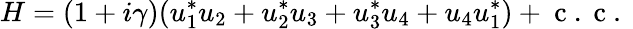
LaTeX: H=(1+i\gamma)({u_{1}^{*}}u_{2}+{u_{2}^{*}}u_{3}+{u_{3}^{*}}u_{4}+u_{4}{u_{1}^{*}})+\mathrm{~c~.~c~.~}